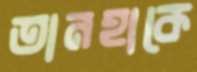
তানহাকে